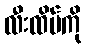
လီးထိပ်ကို